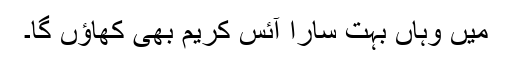
میں وہاں بہت سارا آئس کریم بھی کھاؤں گا۔